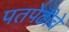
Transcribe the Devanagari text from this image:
पतपेढीचे